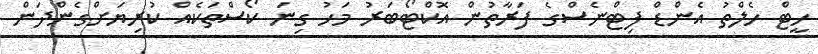
ހީޓް ހެލްތު އެންޑް ފިޓްނެސްގެ ފަރާތުން އޮކްޓޯބަރު މަހު ގިނަ ކޯސްތަކެއް ކުރިޔަށްގެންދަން